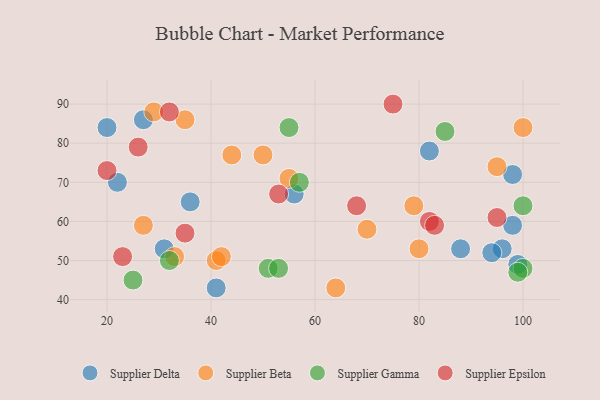
{"axis": {"x": "GDP", "y": "Life Expectancy"}, "legend": ["Supplier Beta", "Supplier Delta", "Supplier Epsilon", "Supplier Gamma"], "data": [{"x": "56", "y": 67, "type": "Supplier Delta"}, {"x": "96", "y": 53, "type": "Supplier Delta"}, {"x": "82", "y": 78, "type": "Supplier Delta"}, {"x": "22", "y": 70, "type": "Supplier Delta"}, {"x": "88", "y": 53, "type": "Supplier Delta"}, {"x": "98", "y": 72, "type": "Supplier Delta"}, {"x": "98", "y": 59, "type": "Supplier Delta"}, {"x": "99", "y": 49, "type": "Supplier Delta"}, {"x": "31", "y": 53, "type": "Supplier Delta"}, {"x": "36", "y": 65, "type": "Supplier Delta"}, {"x": "94", "y": 52, "type": "Supplier Delta"}, {"x": "20", "y": 84, "type": "Supplier Delta"}, {"x": "27", "y": 86, "type": "Supplier Delta"}, {"x": "41", "y": 43, "type": "Supplier Delta"}, {"x": "64", "y": 43, "type": "Supplier Beta"}, {"x": "44", "y": 77, "type": "Supplier Beta"}, {"x": "27", "y": 59, "type": "Supplier Beta"}, {"x": "33", "y": 51, "type": "Supplier Beta"}, {"x": "41", "y": 50, "type": "Supplier Beta"}, {"x": "95", "y": 74, "type": "Supplier Beta"}, {"x": "70", "y": 58, "type": "Supplier Beta"}, {"x": "29", "y": 88, "type": "Supplier Beta"}, {"x": "50", "y": 77, "type": "Supplier Beta"}, {"x": "80", "y": 53, "type": "Supplier Beta"}, {"x": "55", "y": 71, "type": "Supplier Beta"}, {"x": "100", "y": 84, "type": "Supplier Beta"}, {"x": "79", "y": 64, "type": "Supplier Beta"}, {"x": "35", "y": 86, "type": "Supplier Beta"}, {"x": "42", "y": 51, "type": "Supplier Beta"}, {"x": "51", "y": 48, "type": "Supplier Gamma"}, {"x": "85", "y": 83, "type": "Supplier Gamma"}, {"x": "100", "y": 48, "type": "Supplier Gamma"}, {"x": "100", "y": 64, "type": "Supplier Gamma"}, {"x": "53", "y": 48, "type": "Supplier Gamma"}, {"x": "55", "y": 84, "type": "Supplier Gamma"}, {"x": "57", "y": 70, "type": "Supplier Gamma"}, {"x": "25", "y": 45, "type": "Supplier Gamma"}, {"x": "32", "y": 50, "type": "Supplier Gamma"}, {"x": "99", "y": 47, "type": "Supplier Gamma"}, {"x": "82", "y": 60, "type": "Supplier Epsilon"}, {"x": "20", "y": 73, "type": "Supplier Epsilon"}, {"x": "23", "y": 51, "type": "Supplier Epsilon"}, {"x": "53", "y": 67, "type": "Supplier Epsilon"}, {"x": "26", "y": 79, "type": "Supplier Epsilon"}, {"x": "83", "y": 59, "type": "Supplier Epsilon"}, {"x": "95", "y": 61, "type": "Supplier Epsilon"}, {"x": "75", "y": 90, "type": "Supplier Epsilon"}, {"x": "68", "y": 64, "type": "Supplier Epsilon"}, {"x": "35", "y": 57, "type": "Supplier Epsilon"}, {"x": "32", "y": 88, "type": "Supplier Epsilon"}]}